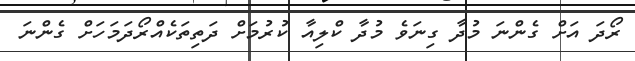
ރޯދަ އަށް ގެންނަ މުދާ ގިނަވެ މުދާ ކްލިއާ ކުރުމަށް ދަތިތަކެއްރޯދަމަހަށް ގެންނަ